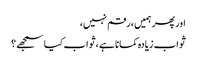
اور پھر ہمیں ، رقم نہیں،
ثواب زیادہ کمانا ہے ،ثواب کیا سمجھے ؟